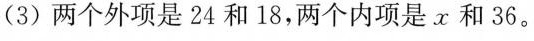
(3)两个外项是24和18，两个内项是x和36。